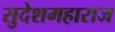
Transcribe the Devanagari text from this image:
सुदेशमहाराज